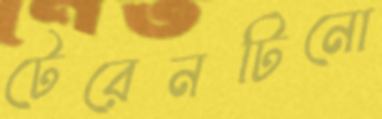
টেরেনটিনো